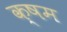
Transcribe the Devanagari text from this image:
क्षम